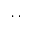
\cdot \ \cdot